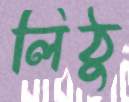
লিঠু